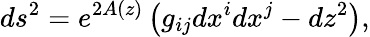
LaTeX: ds^{2}=e^{2A(z)}\left(g_{ij}dx^{i}dx^{j}-dz^{2}\right),